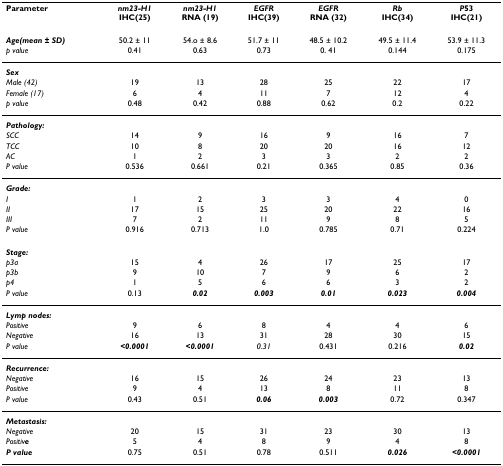
<table><thead><tr><td><b>Parameter</b></td><td><b><i>nm23-H1</i>IHC(25)</b></td><td><b><i>nm23-H1</i>RNA (19)</b></td><td><b><i>EGFR</i>IHC(39)</b></td><td><b><i>EGFR</i>RNA (32)</b></td><td><b><i>Rb</i>IHC(34)</b></td><td><b><i>P</i>53IHC(21)</b></td></tr></thead><tbody><tr><td><b><i>Age(mean ± SD)</i></b></td><td>50.2 ± 11</td><td>54.o ± 8.6</td><td>51.7 ± 11</td><td>48.5 ± 10.2</td><td>49.5 ± 11.4</td><td>53.9 ± 11.3</td></tr><tr><td><i>p value</i></td><td>0.41</td><td>0.63</td><td>0.73</td><td>0. 41</td><td>0.144</td><td>0.175</td></tr><tr><td><b><i>Sex</i></b></td><td></td><td></td><td></td><td></td><td></td><td></td></tr><tr><td><i>Male (42)</i></td><td>19</td><td>13</td><td>28</td><td>25</td><td>22</td><td>17</td></tr><tr><td><i>Female (17)</i></td><td>6</td><td>4</td><td>11</td><td>7</td><td>12</td><td>4</td></tr><tr><td><i>p value</i></td><td>0.48</td><td>0.42</td><td>0.88</td><td>0.62</td><td>0.2</td><td>0.22</td></tr><tr><td><b><i>Pathology:</i></b></td><td></td><td></td><td></td><td></td><td></td><td></td></tr><tr><td><i>SCC</i></td><td>14</td><td>9</td><td>16</td><td>9</td><td>16</td><td>7</td></tr><tr><td><i>TCC</i></td><td>10</td><td>8</td><td>20</td><td>20</td><td>16</td><td>12</td></tr><tr><td><i>AC</i></td><td>1</td><td>2</td><td>3</td><td>3</td><td>2</td><td>2</td></tr><tr><td><i>P value</i></td><td>0.536</td><td>0.661</td><td>0.21</td><td>0.365</td><td>0.85</td><td>0.36</td></tr><tr><td><b><i>Grade:</i></b></td><td></td><td></td><td></td><td></td><td></td><td></td></tr><tr><td><i>I</i></td><td>1</td><td>2</td><td>3</td><td>3</td><td>4</td><td>0</td></tr><tr><td><i>II</i></td><td>17</td><td>15</td><td>25</td><td>20</td><td>22</td><td>16</td></tr><tr><td><i>III</i></td><td>7</td><td>2</td><td>11</td><td>9</td><td>8</td><td>5</td></tr><tr><td><i>P value</i></td><td>0.916</td><td>0.713</td><td>1.0</td><td>0.785</td><td>0.71</td><td>0.224</td></tr><tr><td><b><i>Stage:</i></b></td><td></td><td></td><td></td><td></td><td></td><td></td></tr><tr><td><i>p3a</i></td><td>15</td><td>4</td><td>26</td><td>17</td><td>25</td><td>17</td></tr><tr><td><i>p3b</i></td><td>9</td><td>10</td><td>7</td><td>9</td><td>6</td><td>2</td></tr><tr><td><i>p4</i></td><td>1</td><td>5</td><td>6</td><td>6</td><td>3</td><td>2</td></tr><tr><td><i>P value</i></td><td>0.13</td><td><b><i>0.02</i></b></td><td><b><i>0.003</i></b></td><td><b><i>0.01</i></b></td><td><b><i>0.023</i></b></td><td><b><i>0.004</i></b></td></tr><tr><td><b><i>Lymp nodes:</i></b></td><td></td><td></td><td></td><td></td><td></td><td></td></tr><tr><td><i>Positive</i></td><td>9</td><td>6</td><td>8</td><td>4</td><td>4</td><td>6</td></tr><tr><td><i>Negative</i></td><td>16</td><td>13</td><td>31</td><td>28</td><td>30</td><td>15</td></tr><tr><td><i>P value</i></td><td><b><i>&lt;0.0001</i></b></td><td><b><i>&lt;0.0001</i></b></td><td><i>0.31</i></td><td>0.431</td><td>0.216</td><td><b><i>0.02</i></b></td></tr><tr><td><b><i>Recurrence:</i></b></td><td></td><td></td><td></td><td></td><td></td><td></td></tr><tr><td><i>Negative</i></td><td>16</td><td>15</td><td>26</td><td>24</td><td>23</td><td>13</td></tr><tr><td><i>Positive</i></td><td>9</td><td>4</td><td>13</td><td>8</td><td>11</td><td>8</td></tr><tr><td><i>P value</i></td><td>0.43</td><td>0.51</td><td><b><i>0.06</i></b></td><td><b><i>0.003</i></b></td><td>0.72</td><td>0.347</td></tr><tr><td><b><i>Metastasis:</i></b></td><td></td><td></td><td></td><td></td><td></td><td></td></tr><tr><td><i>Negative</i></td><td>20</td><td>15</td><td>31</td><td>23</td><td>30</td><td>13</td></tr><tr><td><i>Positiv</i><b><i>e</i></b></td><td>5</td><td>4</td><td>8</td><td>9</td><td>4</td><td>8</td></tr><tr><td><b><i>P value</i></b></td><td>0.75</td><td>0.51</td><td>0.78</td><td>0.511</td><td><b><i>0.026</i></b></td><td><b><i>&lt;0.0001</i></b></td></tr></tbody></table>